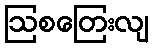
ဩစတြေးလျ